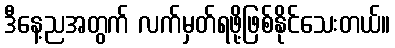
ဒီနေ့ညအတွက် လက်မှတ်ရဖို့ဖြစ်နိုင်သေးတယ်။